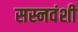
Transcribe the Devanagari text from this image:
सस्नवंशी